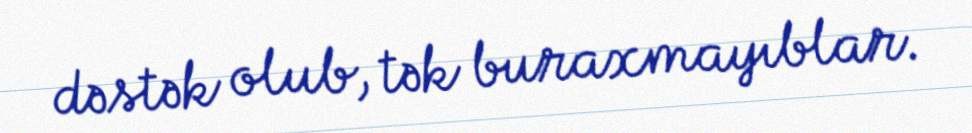
dəstək olub, tək buraxmayıblar.